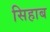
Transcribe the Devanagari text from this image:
सिहाब